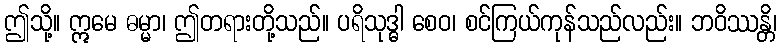
ဤသို့။ ဣမေ ဓမ္မာ၊ ဤတရားတို့သည်။ ပရိသုဒ္ဓါ စေဝ၊ စင်ကြယ်ကုန်သည်လည်း။ ဘဝိဿန္တိ၊